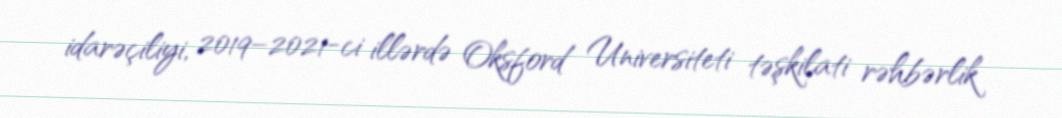
idarəçiliyi, 2019–2021-ci illərdə Oksford Universiteti təşkilati rəhbərlik